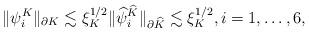
\begin{align*}\|\psi_i^K\|_{\partial K}\lesssim\xi_K^{1/2}\|\widehat{\psi}_i^{\widehat{K}}\|_{\partial\widehat{K}}\lesssim\xi_K^{1/2},i=1,\ldots,6,\end{align*}